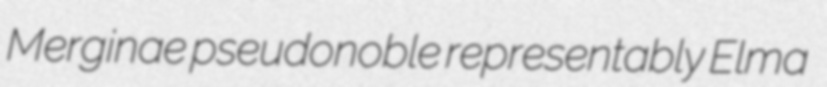
Merginae pseudonoble representably Elma